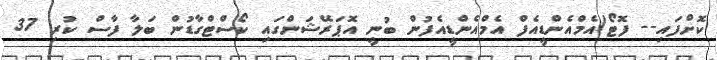
ކޮށްފައި-- ފޮޓޯ/އެމްއެންޑީއެފް އެމްއެންޑީއެފުން ބުނީ އޮޕަރޭޝަންގައި ކޯސްޓްގާޑުން ބަލާ ފާސް ކުރި 37